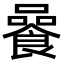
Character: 𩜻